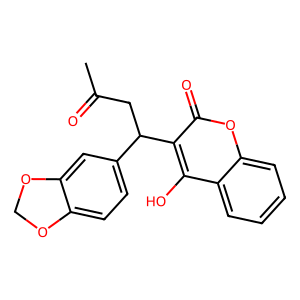
SMILES: CC(=O)CC(c1ccc2c(c1)OCO2)c1c(O)c2ccccc2oc1=O
Inhibits HIV replication: No